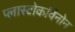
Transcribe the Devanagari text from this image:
प्लास्टोकविनोन